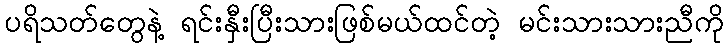
ပရိသတ်တွေနဲ့ ရင်းနှီးပြီးသားဖြစ်မယ်ထင်တဲ့ မင်းသားသားညီကို